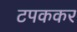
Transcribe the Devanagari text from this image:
टपककर